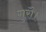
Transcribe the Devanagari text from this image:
गुरौ।